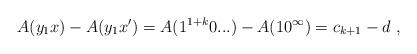
LaTeX: \begin{align*}A(y_1x) - A(y_1x') = A(1^{1+k} 0...) - A(10^\infty) = c_{k+1} - d \ ,\end{align*}